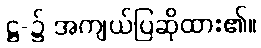
ဋ္ဌ-၌ အကျယ်ပြဆိုထား၏။